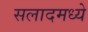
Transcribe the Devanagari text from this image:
सलादमध्ये